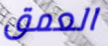
العمق